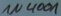
Text: 1N4001